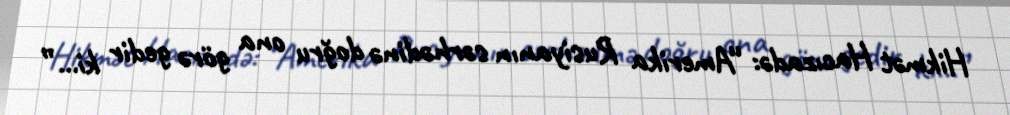
Hikmət Hacızadə: “Amerika Rusiyanın sərhədinə doğru ona görə gedir ki...”